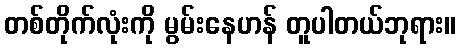
တစ်တိုက်လုံးကို မွမ်းနေဟန် တူပါတယ်ဘုရား။